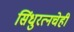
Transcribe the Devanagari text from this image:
सिंधुरत्नचेही